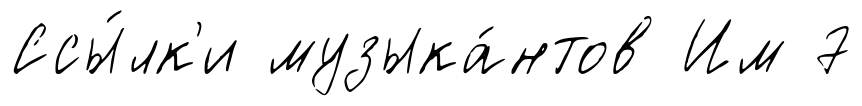
Ссы́лк'и музыка́нтов Им 7